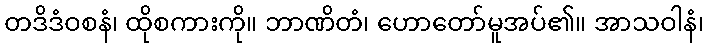
တဒိဒံဝစနံ၊ ထိုစကားကို။ ဘာဏိတံ၊ ဟောတော်မူအပ်၏။ အာသဝါနံ၊